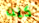
كنت